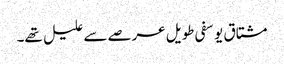
مشتاق یوسفی طویل عرصے سے علیل تھے۔